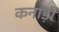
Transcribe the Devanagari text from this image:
कनाड़ी